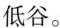
低谷。